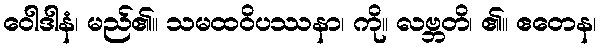
ဝေါဒါနံ၊ မည်၏။ သမထဝိပဿနာ၊ ကို။ လဗ္ဘတိ၊ ၏။ ဧတေန၊